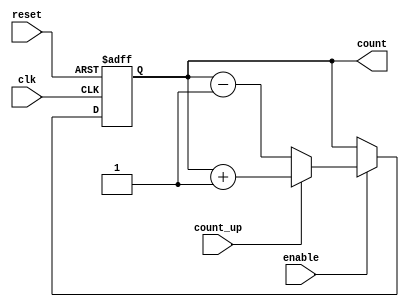
module cascaded_counter #(
    parameter STAGES = 4 // Number of stages (bits)
)(
    input wire clk,           // Clock signal
    input wire reset,         // Asynchronous reset
    input wire enable,        // Enable signal
    input wire count_up,      // Counting direction: 1 for up, 0 for down
    output reg [STAGES-1:0] count // Counter output
);

    // Internal signals for cascading flip-flops
    reg [STAGES-1:0] next_count;

    always @(posedge clk or posedge reset) begin
        if (reset) begin
            count <= 0; // Reset the counter to 0
        end else if (enable) begin
            count <= next_count; // Update the count
        end
    end

    // Combinational logic for next count value
    always @(*) begin
        if (count_up) begin
            next_count = count + 1; // Increment count
        end else begin
            next_count = count - 1; // Decrement count
        end
    end

endmodule